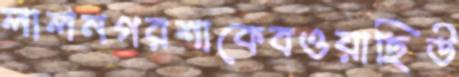
লালনগরশাকেবওয়াছিউ